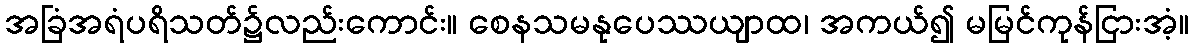
အခြံအရံပရိသတ်၌လည်းကောင်း။ စေနသမနုပေဿယျာထ၊ အကယ်၍ မမြင်ကုန်ငြားအံ့။